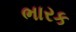
ભારક